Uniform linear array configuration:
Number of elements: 16
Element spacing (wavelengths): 0.75
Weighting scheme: hamming
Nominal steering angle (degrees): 45
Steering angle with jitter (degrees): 45.748
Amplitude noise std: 0.05
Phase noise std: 0.05

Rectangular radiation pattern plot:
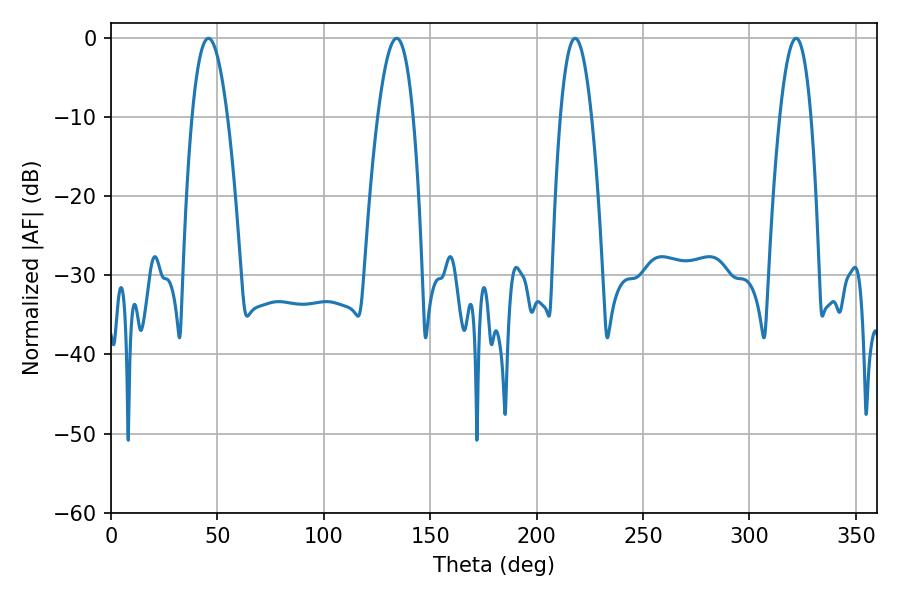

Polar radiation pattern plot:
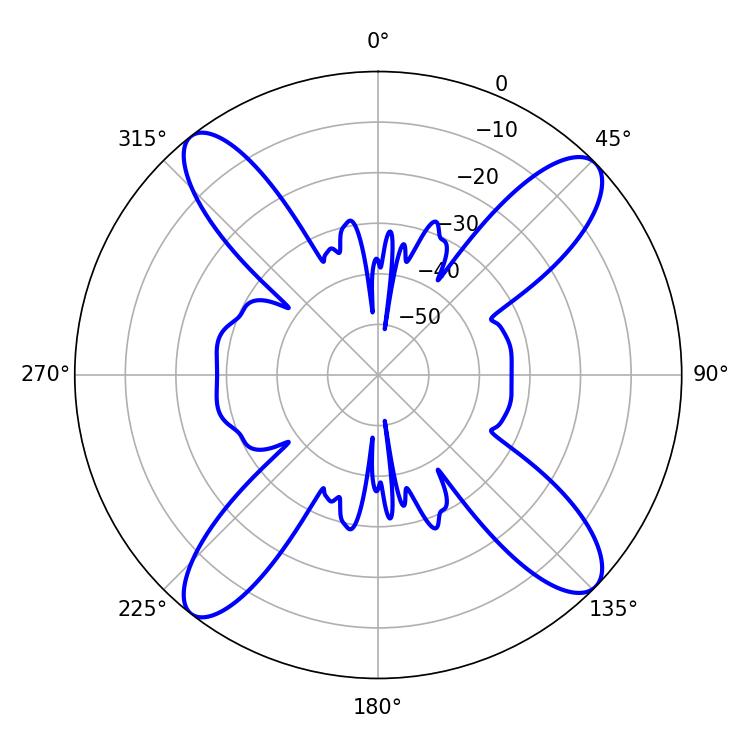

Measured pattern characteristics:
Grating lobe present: TRUE
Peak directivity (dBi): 15.322
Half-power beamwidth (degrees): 9.18
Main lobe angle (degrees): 45.72